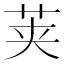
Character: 荚